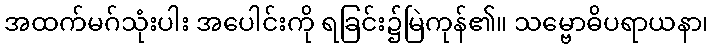
အထက်မဂ်သုံးပါး အပေါင်းကို ရခြင်း၌မြဲကုန်၏။ သမ္ဗောဓိပရာယနာ၊